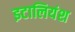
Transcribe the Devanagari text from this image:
इटालियंश